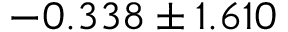
- 0 . 3 3 8 \pm 1 . 6 1 0